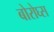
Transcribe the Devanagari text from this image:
बोरोघ्स